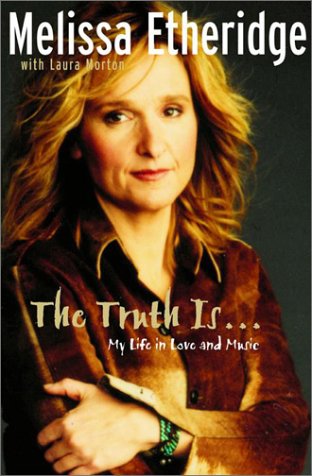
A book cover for Truth is; Melissa Etheridge; Gay & Lesbian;